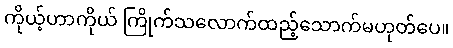
ကိုယ့်ဟာကိုယ် ကြိုက်သလောက်ထည့်သောက်မဟုတ်ပေ။